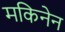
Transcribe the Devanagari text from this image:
मकिनेन